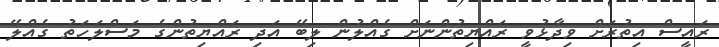
ރައީސް އިތުރަށް ވިދާޅުވީ ރައްޔިތުންނަށް ގެއްލުން ލިބޭ އަދި ރައްޔިތުންގެ މަސްލަހަތު ގެއްލޭ